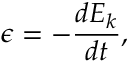
\epsilon = - \frac { d E _ { k } } { d t } ,